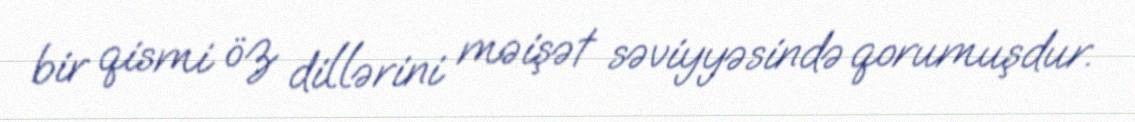
bir qismi öz dillərini məişət səviyyəsində qorumuşdur.